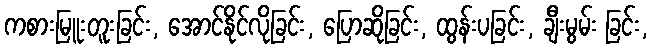
ကစားမြူးတူးခြင်း, အောင်နိုင်လိုခြင်း, ပြောဆိုခြင်း, ထွန်းပခြင်း, ချီးမွမ်း ခြင်း,